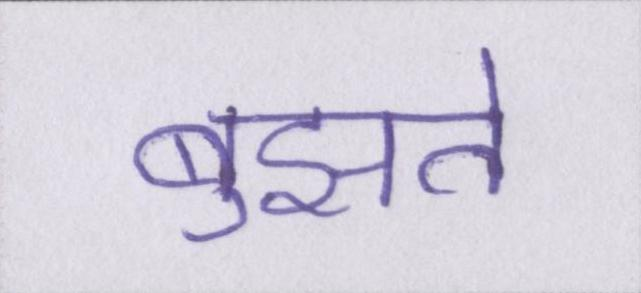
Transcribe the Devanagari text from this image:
बुझते